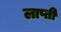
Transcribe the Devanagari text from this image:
लाप्ती